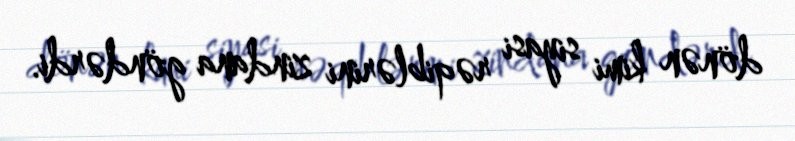
dönən kimi siyasi rəqiblərini zindana göndərdi.